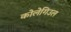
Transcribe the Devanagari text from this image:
कोलेगिउल